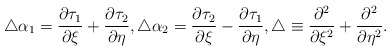
\begin{align*}\triangle \alpha_1 = \frac{\partial \tau_1}{\partial \xi} + \frac{\partial \tau_2}{\partial \eta},\triangle \alpha_2 = \frac{\partial \tau_2}{\partial \xi} - \frac{\partial \tau_1}{\partial\eta}, \triangle \equiv \frac{\partial^2 }{\partial \xi^2} + \frac{\partial^2 }{\partial\eta^2}.\end{align*}